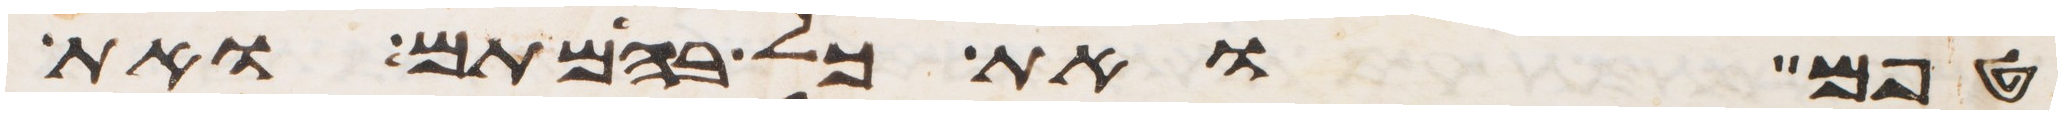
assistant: טפם ואת כל בהמתם ואת